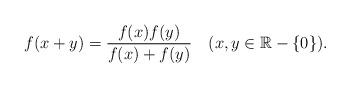
LaTeX: \begin{align*} f(x+y)=\frac{f(x)f(y)}{f(x)+f(y)} \ \ \ (x,y\in\mathbb{R}-\{0\}).\end{align*}